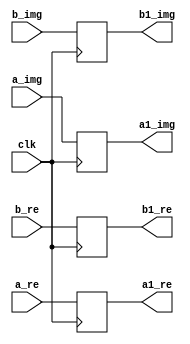
`timescale 1ns / 1ps
//////////////////////////////////////////////////////////////////////////////////
// Company: 
// Engineer: 
// 
// Design Name: 
// Module Name:    buf12 
// Project Name: 
// Target Devices: 
// Tool versions: 
// Description: 
//
// Dependencies: 
//
// Revision: 
// Revision 0.01 - File Created
// Additional Comments: 
//
//////////////////////////////////////////////////////////////////////////////////
module buf12(
    input [31:0] a_re,
    input [31:0] b_re,
    input [31:0] a_img,
    input [31:0] b_img,
    input clk,
    output reg [31:0] a1_re,
    output reg [31:0] b1_re,
    output reg [31:0] a1_img,
    output reg [31:0] b1_img
    );
always @(posedge clk) begin
a1_re<=a_re;
b1_re<=b_re;
a1_img<=a_img;
b1_img<=b_img;
end
endmodule